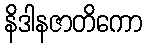
နိဒါနဇာတိကော